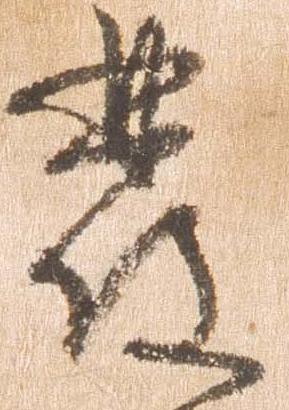
発